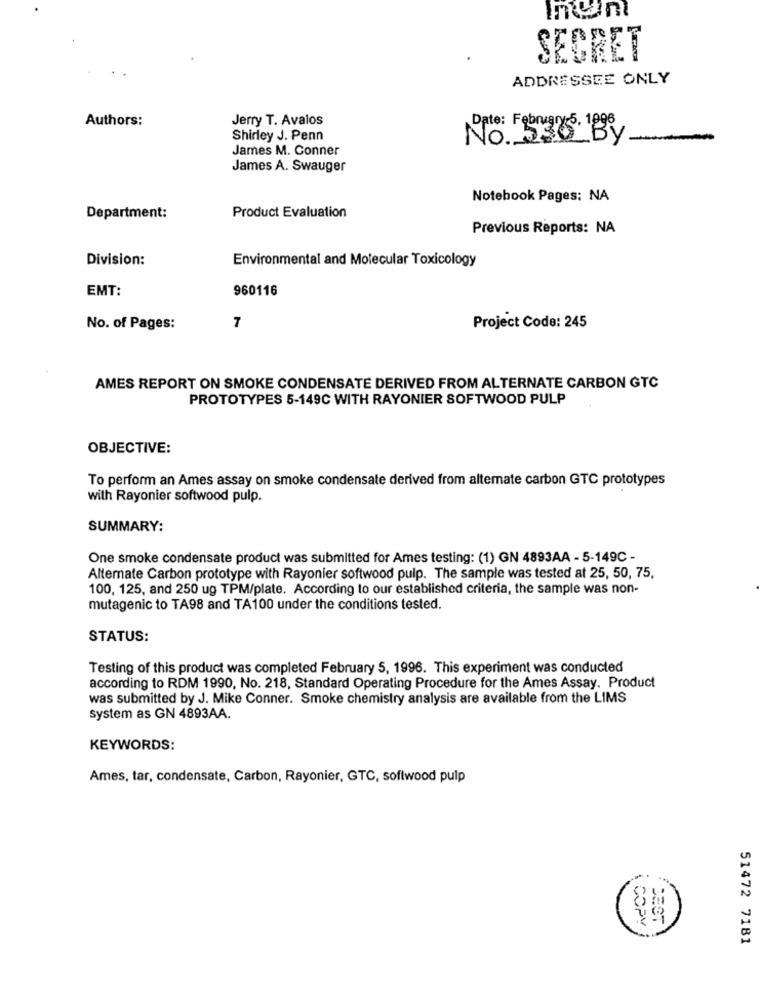
SECRET
ADDRESSEE ONLY
Authors:
Jerry T. Avalos
Shirley J. Penn
No. 536 By
James M. Conner
James A. Swauger
Notebook Pages: NA
Department:
Product Evaluation
Previous Reports: NA
Division:
Environmental and Molecular Toxicology
EMT:
960116
No. of Pages:
7
Project Code: 245
AMES REPORT ON SMOKE CONDENSATE DERIVED FROM ALTERNATE CARBON GTC
PROTOTYPES 5-149C WITH RAYONIER SOFTWOOD PULP
OBJECTIVE:
To perform an Ames assay on smoke condensate derived from alternate carbon GTC prototypes
with Rayonier softwood pulp.
SUMMARY:
One smoke condensate product was submitted for Ames testing: (1) GN 4893AA - 5-149C -
Alternate Carbon prototype with Rayonier softwood pulp. The sample was tested at 25, 50, 75,
100, 125, and 250 ug TPM/plate. According to our established criteria, the sample was non-
mutagenic to TA98 and TA100 under the conditions tested.
STATUS:
Testing of this product was completed February 5, 1996. This experiment was conducted
according to RDM 1990, No. 218, Standard Operating Procedure for the Ames Assay. Product
was submitted by J. Mike Conner. Smoke chemistry analysis are available from the LIMS
system as GN 4893AA.
KEYWORDS:
Ames, tar, condensate, Carbon, Rayonier, GTC, softwood pulp
& COPY
51472 7181